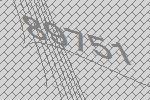
89751